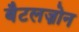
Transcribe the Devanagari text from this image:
बैटलज़ोन